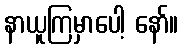
နာယူကြမှာပေါ့ နော်။